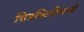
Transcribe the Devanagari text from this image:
चित्रफितीमध्ये